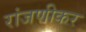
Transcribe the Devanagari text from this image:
रांजणीकर